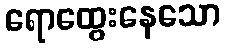
ရောထွေးနေသော